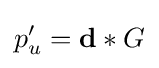
p'_{u}=\mathbf {d} \ast G